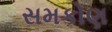
સમકોણ